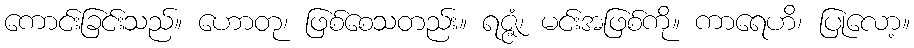
ကောင်းခြင်းသည်။ ဟောတု၊ ဖြစ်စေသတည်း။ ရဇ္ဇံ၊ မင်းအဖြစ်ကို။ ကာရေဟိ၊ ပြုလော့။